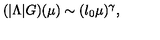
( | \Lambda | G ) ( \mu ) \sim ( l _ { 0 } \mu ) ^ { \gamma } ,